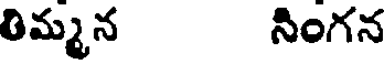
తిమ్మన నింగన